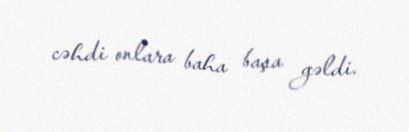
cəhdi onlara baha başa gəldi.